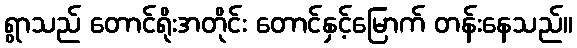
ရွာသည် တောင်ရိုးအတိုင်း တောင်နှင့်မြောက် တန်းနေသည်။